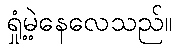
ရှုံ့မဲ့နေလေသည်။